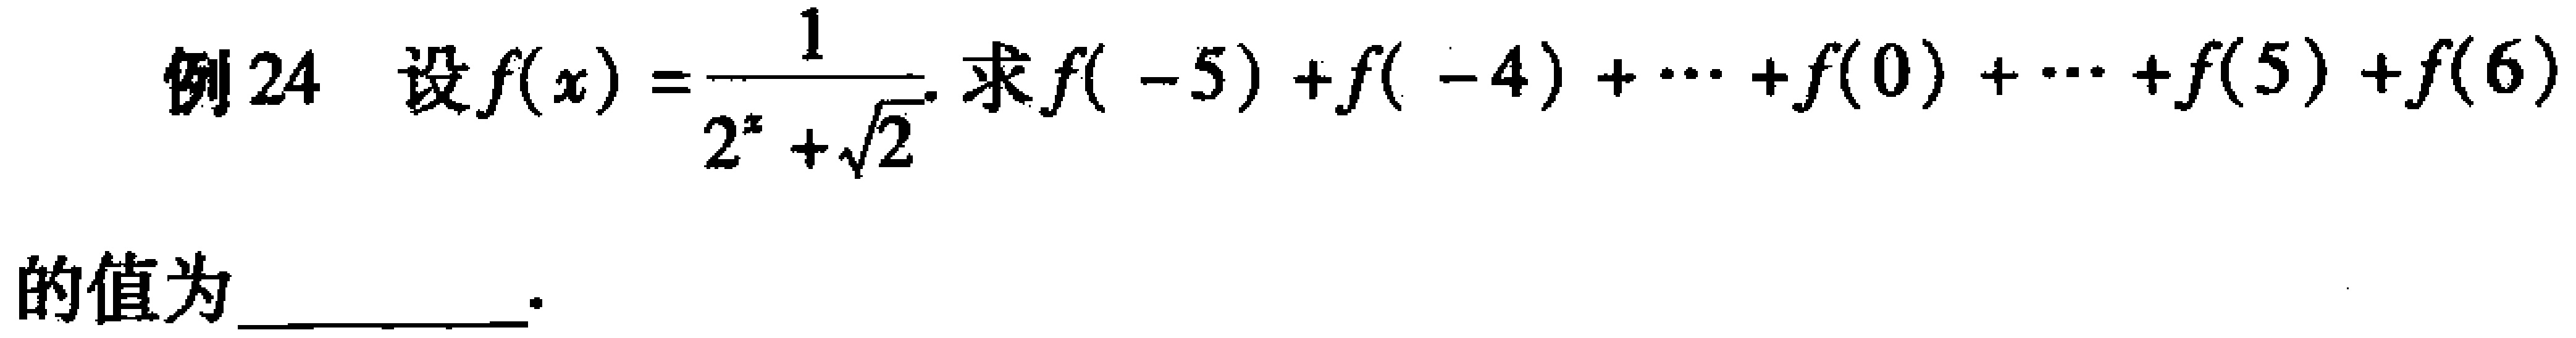
例24 设$f(x)=\frac{1}{2^{x}+\sqrt{2}}$. 求$f(-5)+f(-4)+\cdots +f(0)+\cdots +f(5)+f(6)$的值为  .